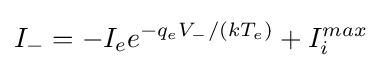
I_{-}=-I_{e}e^{-q_{e}V_{-}/(kT_{e})}+I_{i}^{max}